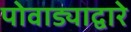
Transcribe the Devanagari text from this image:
पोवाड्याद्वारे